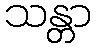
သန္တာ